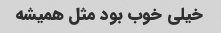
خیلی خوب بود مثل ‌همیشه